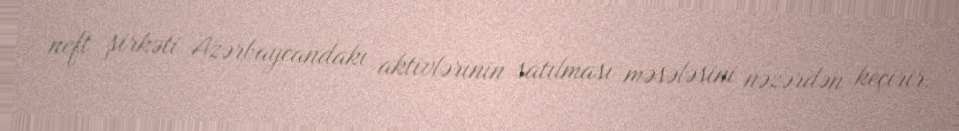
neft şirkəti Azərbaycandakı aktivlərinin satılması məsələsini nəzərdən keçirir.